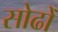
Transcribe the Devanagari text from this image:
सोढोँ